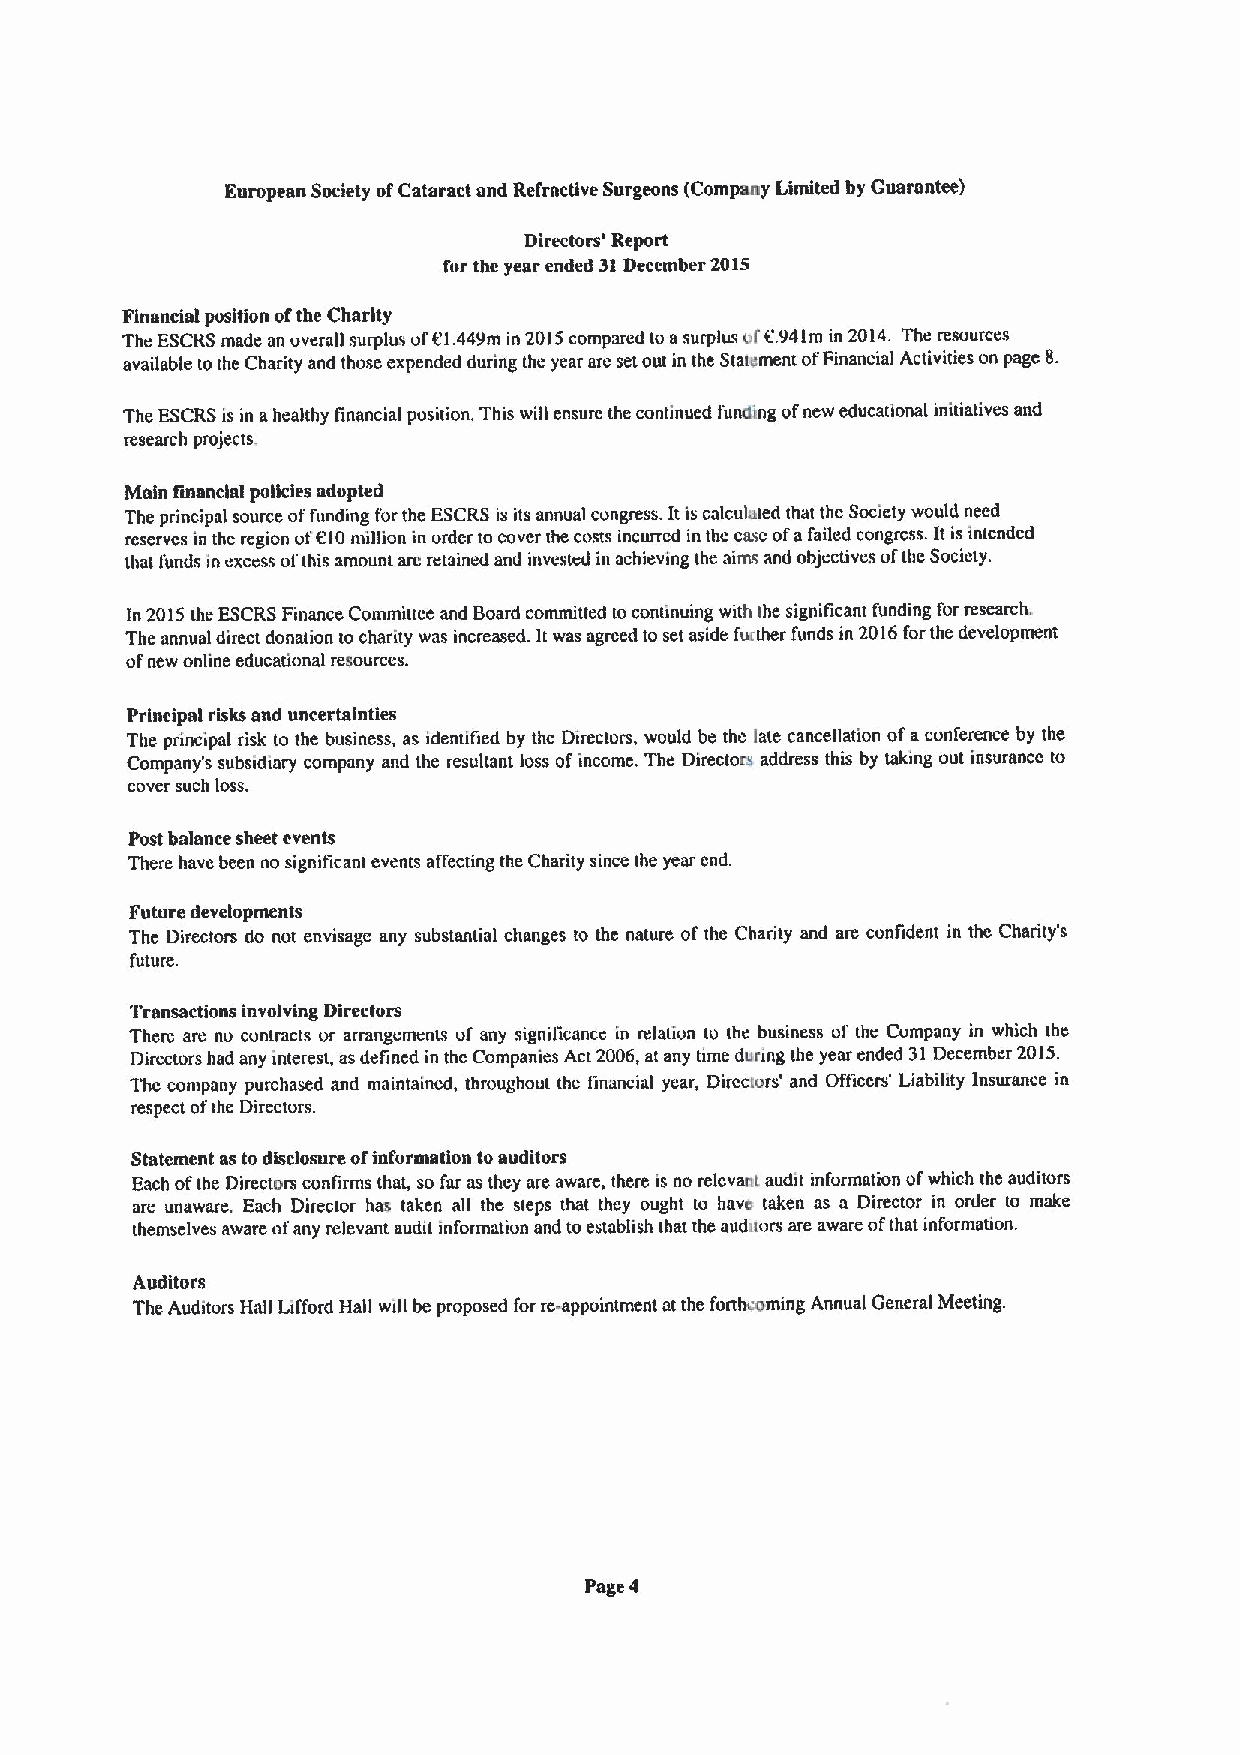
European Society ofCataract and Refractive Surgeons (Company Limited by Guarantee)
 Directors' Report
 fur the year ended 31December 2015
 Financial pusition ofthe Charity
 The ESCRSmade an overall surplus of01.449m in 2015compared to asurplus ofC94 1m in 2014. The resources
 available tothe Charity and those expended during the year are setout in the Statement ofFinancial Activities on page 8.
 The ESCRSis in ahealthy financial position. This will ensure the continued funding ofnew educational initiatives and
 research projects.
 Main financial policies adupted
 The principal source offunding forthe ESCRSis its annual congress. It is calculated that the Society would need
 reserves in the region ot 010nilliion in order tocover the costs incurred in thc case ofafailed congress. It is intended
 that funds in excess ofthis amount aro retained and invested in achieving the aims and objectives ofthe Society.
 In 2015the ESCRSFinance Committee and Board committed tocontinuing with the significant funding for research.
 The annual direct donation to charity was increased. Itwas agreed to set aside further funds in 2016forthe development
 ofnew online educational resources.
 Principal risks and uncertainties
 The principal risk to the business, as identified by the Directors, would be the late cancellation ofaconference by the
 Company's subsidiary company and the resultant loss ofincome. The Directors address this by taking out insurance to
 cover such loss.
 Post balance sheet events
 There have been no signiticant events affecting the Charity since the year cnd.
 Future developments
 The Directors do not envisage any substantial changes to the nature of the Charity and are confident in the Charity's
 future.
 Transactions involving Directors
 There are no contracts or arrangrmenm of any signilicancc in relation to the business ol' the Company in which the
 Directors had any interesk asdefined in thc Companies Act 2006,at any time during the year ended 31December 2015.
 Thc company purchased and maintained, throughout the linancial year, Diremurs' and Ofticcrs' Liability Insurance in
 respect ofthe Directors.
 Statement as to disclosure ofinfurmation toauditors
 Each ofthe Directors confirms that, so far as they are aware, there is no relevant audit information ofwhich the auditors
 are unaware. Each Director has taken all the steps that they ought to have taken as a Director in order to make
 themselves aware ofany relevant audit information and toestablish that the audaors are aware ofthat information.
 Auditors
 The Auditors Hall Lifford Hall will be proposed for re-appointment at the fortb;oming Annual General Meeting.
 Page 4